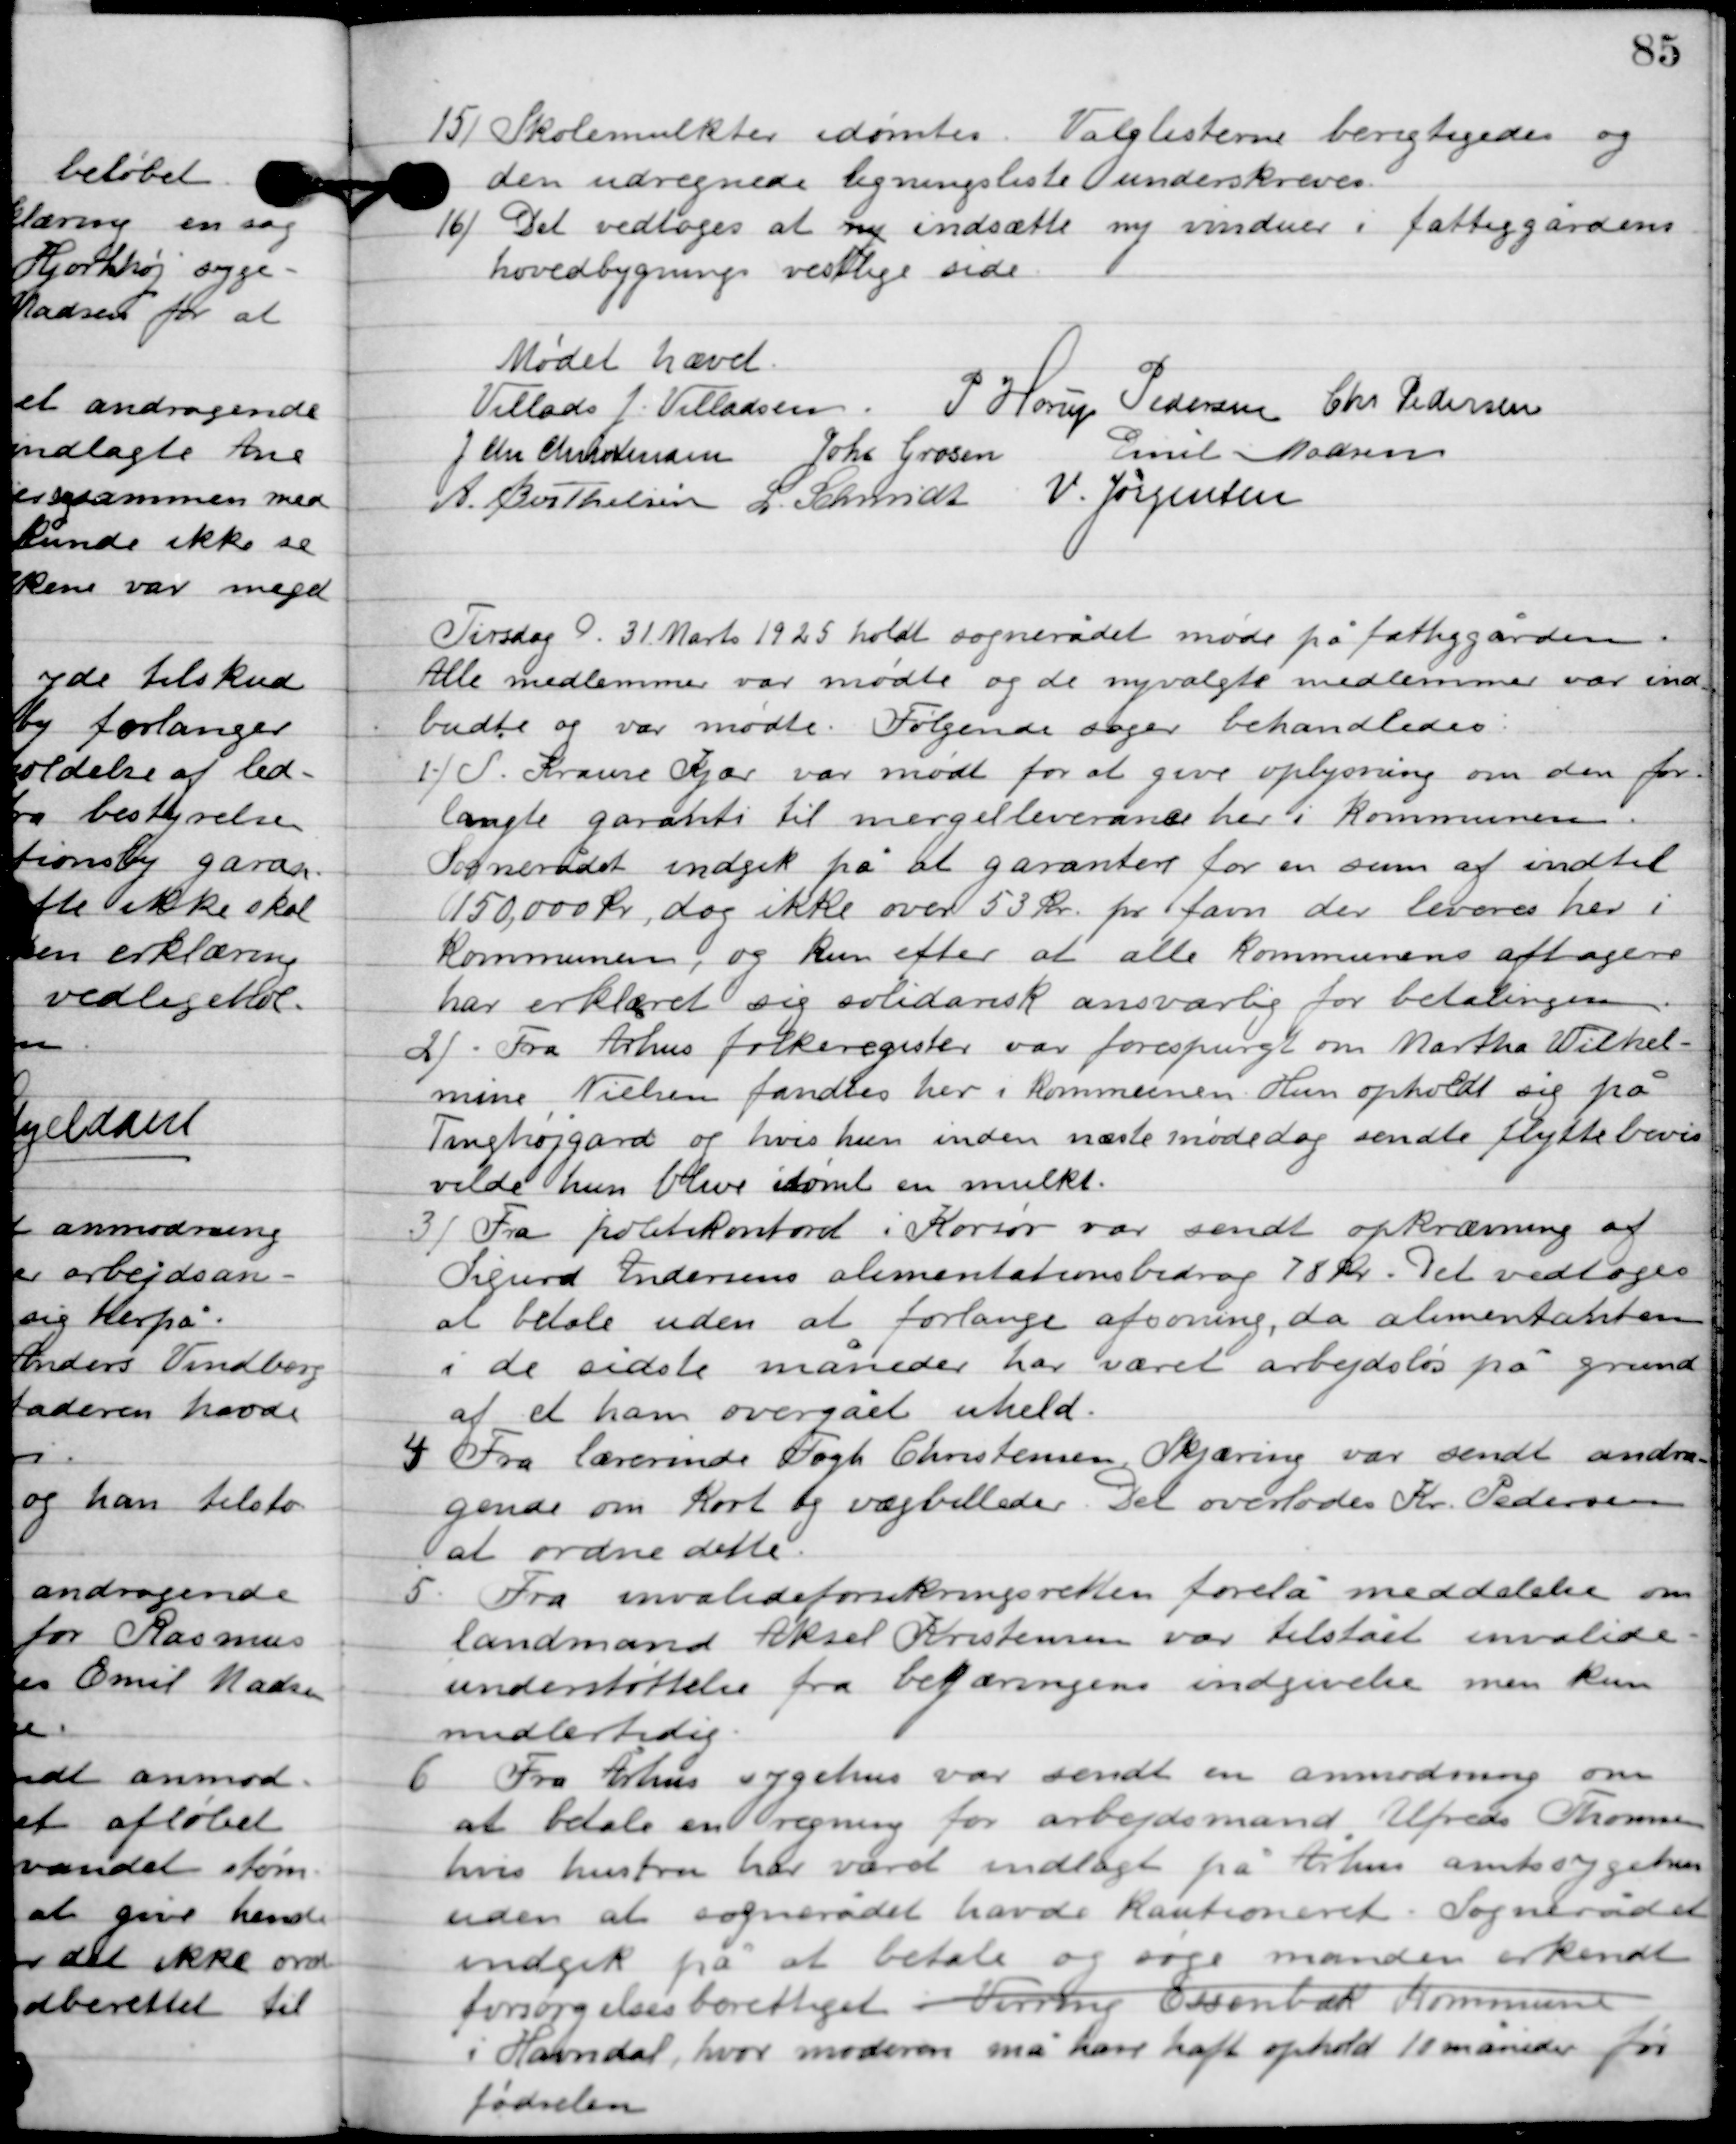
Transskription:
15

Skolemulkter idømtes. Valglisterne berigtigedes og
den udregnede ligningsliste underskrives.

16

Det vedtoges at indsætte ny vinduer i fattiggårdens
hovedbygning vestlige side.

Mødet hævet

Villads J. Villadsen
P. Horup Pedersen
Chr. Pedersen
J. Chr. Christensen
Johs. Grosen
Emil Madsen
 A. Berthelsen
l. Schmidt
N. Jørgensen

Tirsdag D. 31. Marts 1925 holdt sognerådet møde på fattiggården.
Alle medlemmer var mødte og de nyvalgte medlemmer var ind-
budte og var mødte. Følgende sager behandledes.

1

S. Krause Kjær var mødt for at give oplysning om den for-
langte garanti til mergelleverancen her i kommunen.
Sognerådet indgik på at garantere for en sum af indtil
150000 kr., dog ikke over 53 kr. pr favn der leveres her i
kommunen, og kun efter at alle kommuner aftagere
har erklæret sig solidarisk ansvarlig for betalingen.

2

Fra Århus folkeregister var forespurgt om Martha Wilhel-
mine, Nielsen fandtes her i kommunen. Hun opholdt sig på
Tinghøjgård og hvis hun inden næste mødedag sendte flyttebevis
vilde hun blive idømt en mulkt.

3

Fra politikontoret i Korsør var sendt opkrævning af
Sigurd Andersens alimentationsbidrag 78 kr. Det vedtoges
at betale uden at forlange afsoning, da alimentanten
i de sidste måneder har været arbejdsløs på grund
af et ham overgået uheld.

4

Fra lærerinde Fogh Christensne, Skjæring var sendt andra-
gende om Kort og vægbilleder. Det overlodes Kr. Pedersen
at ordne dette.

5

Fra invalideforsikringsretten forelå meddelelse om
landmand Aksel Kristensen var tilstået invalide-
understøttelse fra begæringens indgivelse men kun
midlertidig.

6

Fra Århus sygehus var sendt en anmodning om
at betale en regning for arbejdsmand Vilfred Thomsen
hvis hustru har været indlagt på Århus amtssygehus
uden at sognerådet havde kautioneret. Sognerådet
 indgik på at betale og søge manden erkendt
forsørgelsesberettiget i Virring Essenbæk kommune
i Havndal, hvor moderen må have haft ophold 10 måneder før
 fødselen.